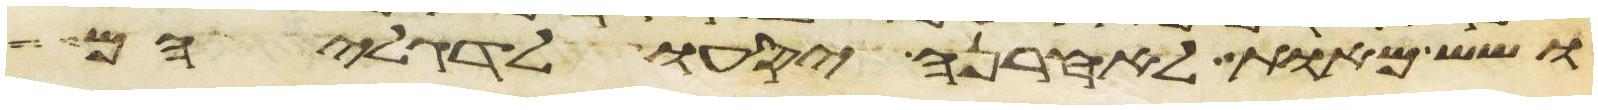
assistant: ושש מאות לאחרנה יסעו לדגליהם